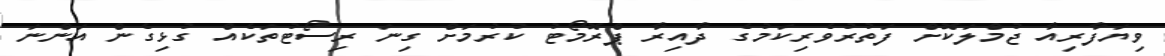
ވިޔަފާރިއާ ޖުމްލަކޮށް ފަތުރުވެރިކަމުގެ ދާއިރާ ޕްރޮމޯޓު ކުރުމަށް ގިނަ ރިސޯޓުތަކެއް ގުޅިގެން އަންނަ